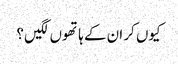
کیوں کر ان کے ہاتھوں لگیں ؟